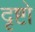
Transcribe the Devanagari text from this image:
दृष्टो